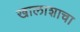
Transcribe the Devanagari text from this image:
खालाशाचा